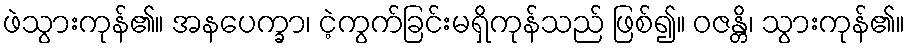
ဖဲသွားကုန်၏။ အနပေက္ခာ၊ ငဲ့ကွက်ခြင်းမရှိကုန်သည် ဖြစ်၍။ ဝဇန္တိ၊ သွားကုန်၏။